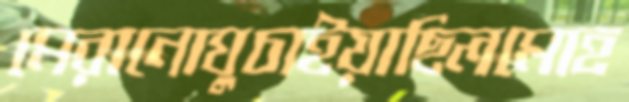
মেরানোঘুচাইয়াছিলমোহ